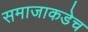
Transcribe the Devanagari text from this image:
समाजाकडेच